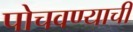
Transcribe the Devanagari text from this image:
पोचवण्‍याची